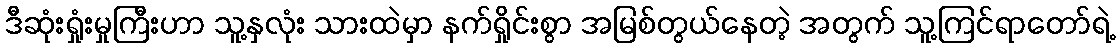
ဒီဆုံးရှုံးမှုကြီးဟာ သူ့နှလုံး သားထဲမှာ နက်ရှိုင်းစွာ အမြစ်တွယ်နေတဲ့ အတွက် သူ့ကြင်ရာတော်ရဲ့